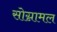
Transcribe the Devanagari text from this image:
सोग्नामल